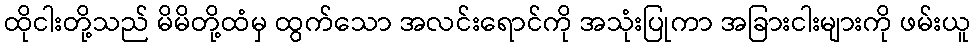
ထိုငါးတို့သည် မိမိတို့ထံမှ ထွက်သော အလင်းရောင်ကို အသုံးပြုကာ အခြားငါးများကို ဖမ်းယူ